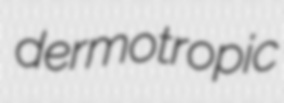
dermotropic